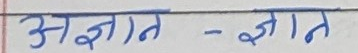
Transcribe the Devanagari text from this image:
अज्ञात - ज्ञात